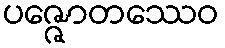
ပဇ္ဇောတဿေဝ